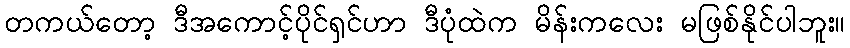
တကယ်တော့ ဒီအကောင့်ပိုင်ရှင်ဟာ ဒီပုံထဲက မိန်းကလေး မဖြစ်နိုင်ပါဘူး။